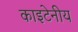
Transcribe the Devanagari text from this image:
काइटेनीय